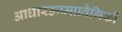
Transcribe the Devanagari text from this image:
आधारऊष्मप्रवैगिकी